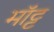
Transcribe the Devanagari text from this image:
मॉट्ट